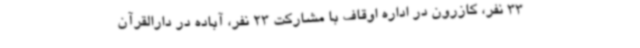
33 نفر، کازرون در اداره اوقاف با مشارکت 23 نفر، آباده در دارالقرآن